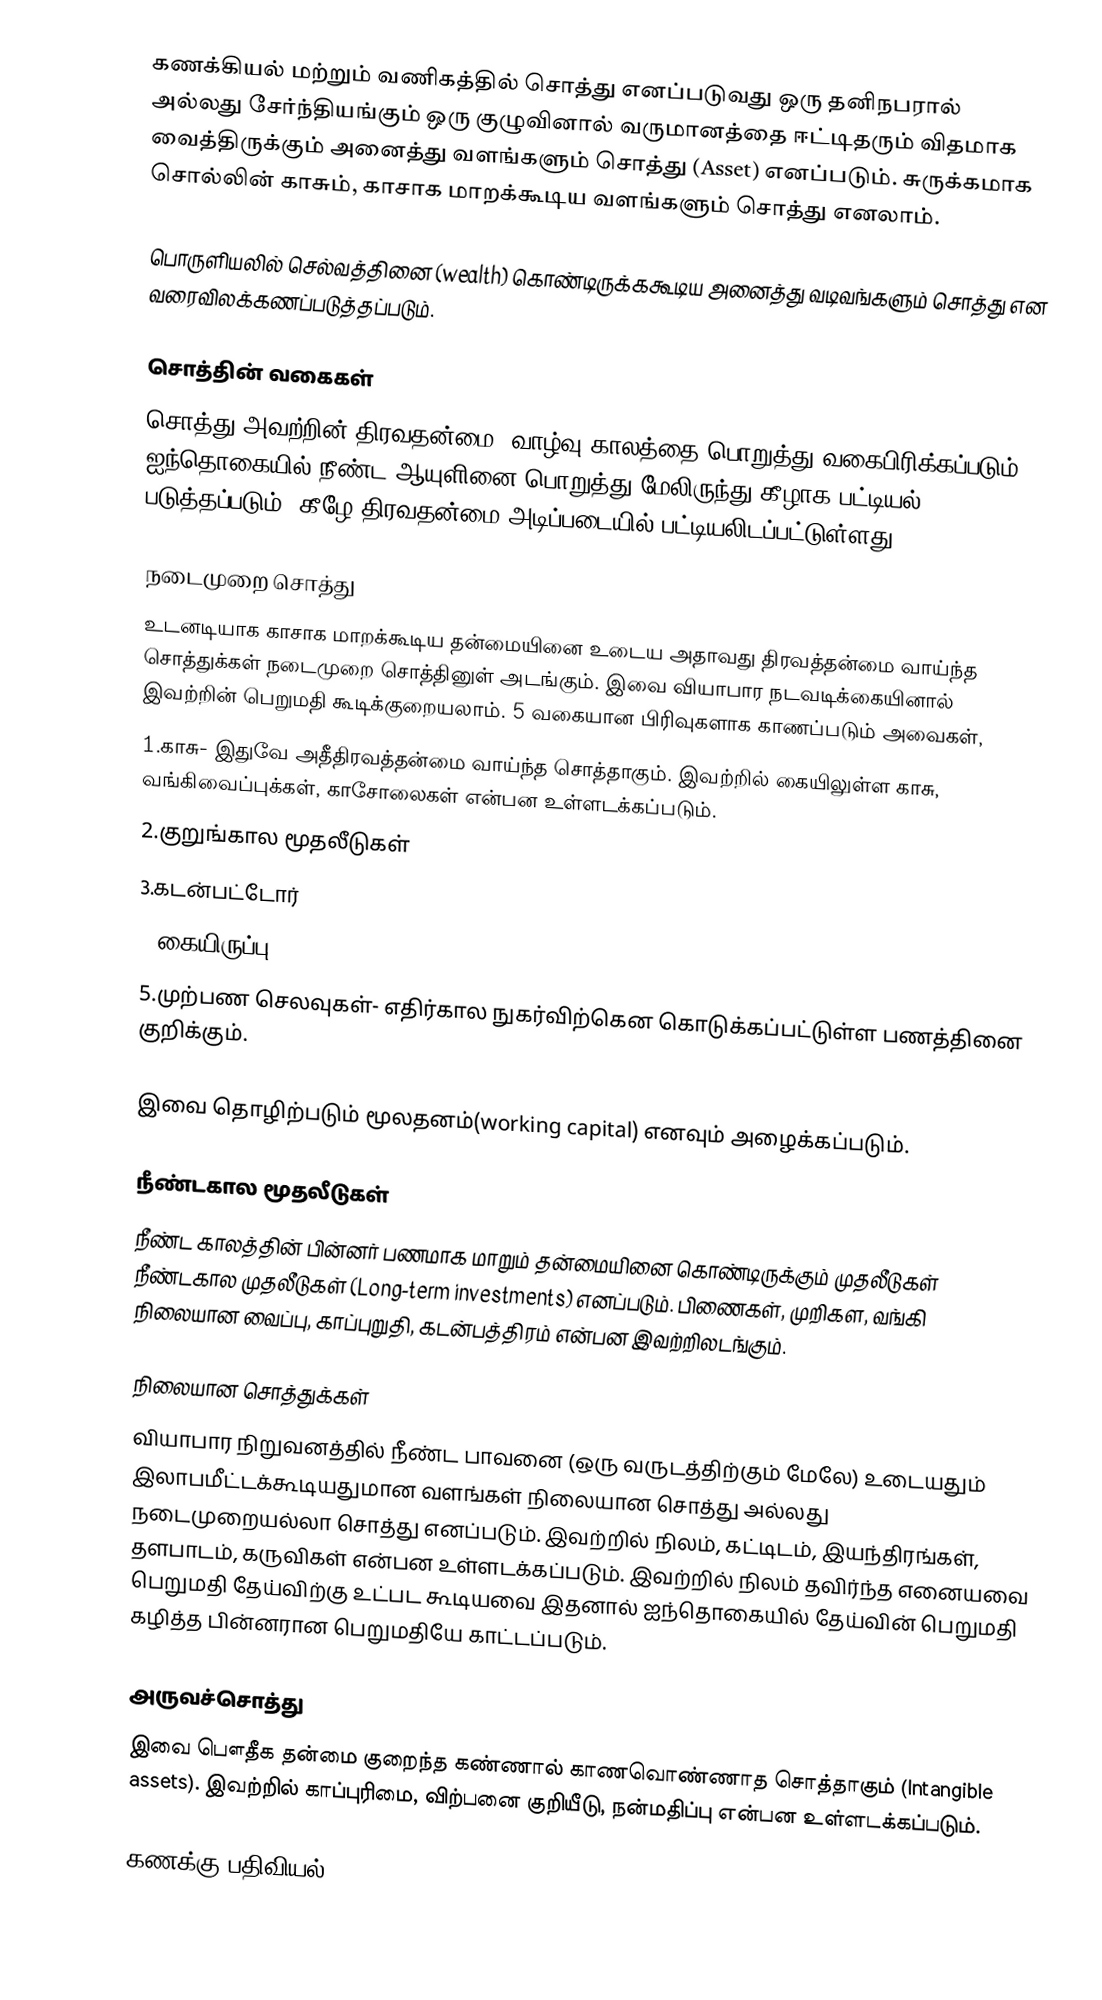
கணக்கியல் மற்றும் வணிகத்தில் சொத்து எனப்படுவது ஒரு தனிநபரால் அல்லது சேர்ந்தியங்கும் ஒரு குழுவினால் வருமானத்தை ஈட்டிதரும் விதமாக வைத்திருக்கும் அனைத்து வளங்களும் சொத்து (Asset) எனப்படும். சுருக்கமாக சொல்லின் காசும், காசாக மாறக்கூடிய வளங்களும் சொத்து எனலாம்.

பொருளியலில் செல்வத்தினை (wealth) கொண்டிருக்ககூடிய அனைத்து வடிவங்களும் சொத்து என வரைவிலக்கணப்படுத்தப்படும்.

சொத்தின் வகைகள்
சொத்து அவற்றின் திரவதன்மை, வாழ்வு காலத்தை பொறுத்து வகைபிரிக்கப்படும். ஐந்தொகையில் நீண்ட ஆயுளினை பொறுத்து மேலிருந்து கீழாக பட்டியல் படுத்தப்படும். கீழே திரவதன்மை அடிப்படையில் பட்டியலிடப்பட்டுள்ளது.

நடைமுறை சொத்து
உடனடியாக காசாக மாறக்கூடிய தன்மையினை உடைய அதாவது திரவத்தன்மை வாய்ந்த சொத்துக்கள் நடைமுறை சொத்தினுள் அடங்கும். இவை வியாபார நடவடிக்கையினால் இவற்றின் பெறுமதி கூடிக்குறையலாம். 5 வகையான பிரிவுகளாக காணப்படும் அவைகள்,
1.காசு- இதுவே அதீதிரவத்தன்மை வாய்ந்த சொத்தாகும். இவற்றில் கையிலுள்ள காசு, வங்கிவைப்புக்கள், காசோலைகள் என்பன உள்ளடக்கப்படும்.
2.குறுங்கால மூதலீடுகள்
3.கடன்பட்டோர்
4.கையிருப்பு
5.முற்பண செலவுகள்- எதிர்கால நுகர்விற்கென கொடுக்கப்பட்டுள்ள பணத்தினை குறிக்கும்.

இவை தொழிற்படும் மூலதனம்(working capital) எனவும் அழைக்கப்படும்.

நீண்டகால மூதலீடுகள்
நீண்ட காலத்தின் பின்னர் பணமாக மாறும் தன்மையினை கொண்டிருக்கும் முதலீடுகள் நீண்டகால முதலீடுகள் (Long-term investments) எனப்படும். பிணைகள், முறிகள, வங்கி நிலையான வைப்பு, காப்புறுதி, கடன்பத்திரம் என்பன இவற்றிலடங்கும்.

நிலையான சொத்துக்கள்
வியாபார நிறுவனத்தில் நீண்ட பாவனை (ஒரு வருடத்திற்கும் மேலே) உடையதும் இலாபமீட்டக்கூடியதுமான வளங்கள் நிலையான சொத்து அல்லது நடைமுறையல்லா சொத்து எனப்படும். இவற்றில் நிலம், கட்டிடம், இயந்திரங்கள், தளபாடம், கருவிகள் என்பன உள்ளடக்கப்படும். இவற்றில் நிலம் தவிர்ந்த எனையவை பெறுமதி தேய்விற்கு உட்பட கூடியவை இதனால் ஐந்தொகையில் தேய்வின் பெறுமதி கழித்த பின்னரான பெறுமதியே காட்டப்படும்.

அருவச்சொத்து
இவை பௌதீக தன்மை குறைந்த கண்ணால் காணவொண்ணாத சொத்தாகும் (Intangible assets). இவற்றில் காப்புரிமை, விற்பனை குறியீடு, நன்மதிப்பு என்பன உள்ளடக்கப்படும்.

கணக்கு பதிவியல்